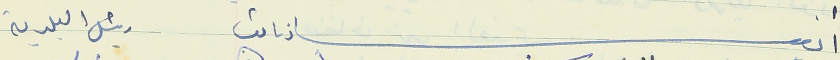
أعضاء نائب رئيس البلدية